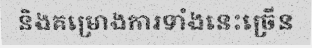
និងគម្រោងការទាំងនេះច្រើន